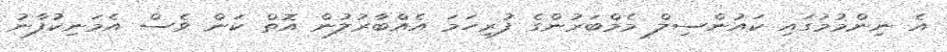
އެ ނިންމުމުގައި ކައުންސިލް މެމްބަރުންގެ ފުރިހަމަ އެއްބާރުލުން އޮތް ކަން ވެސް އެމަނިކުފާނު